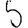
Digit: 5